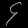
Digit: ၄